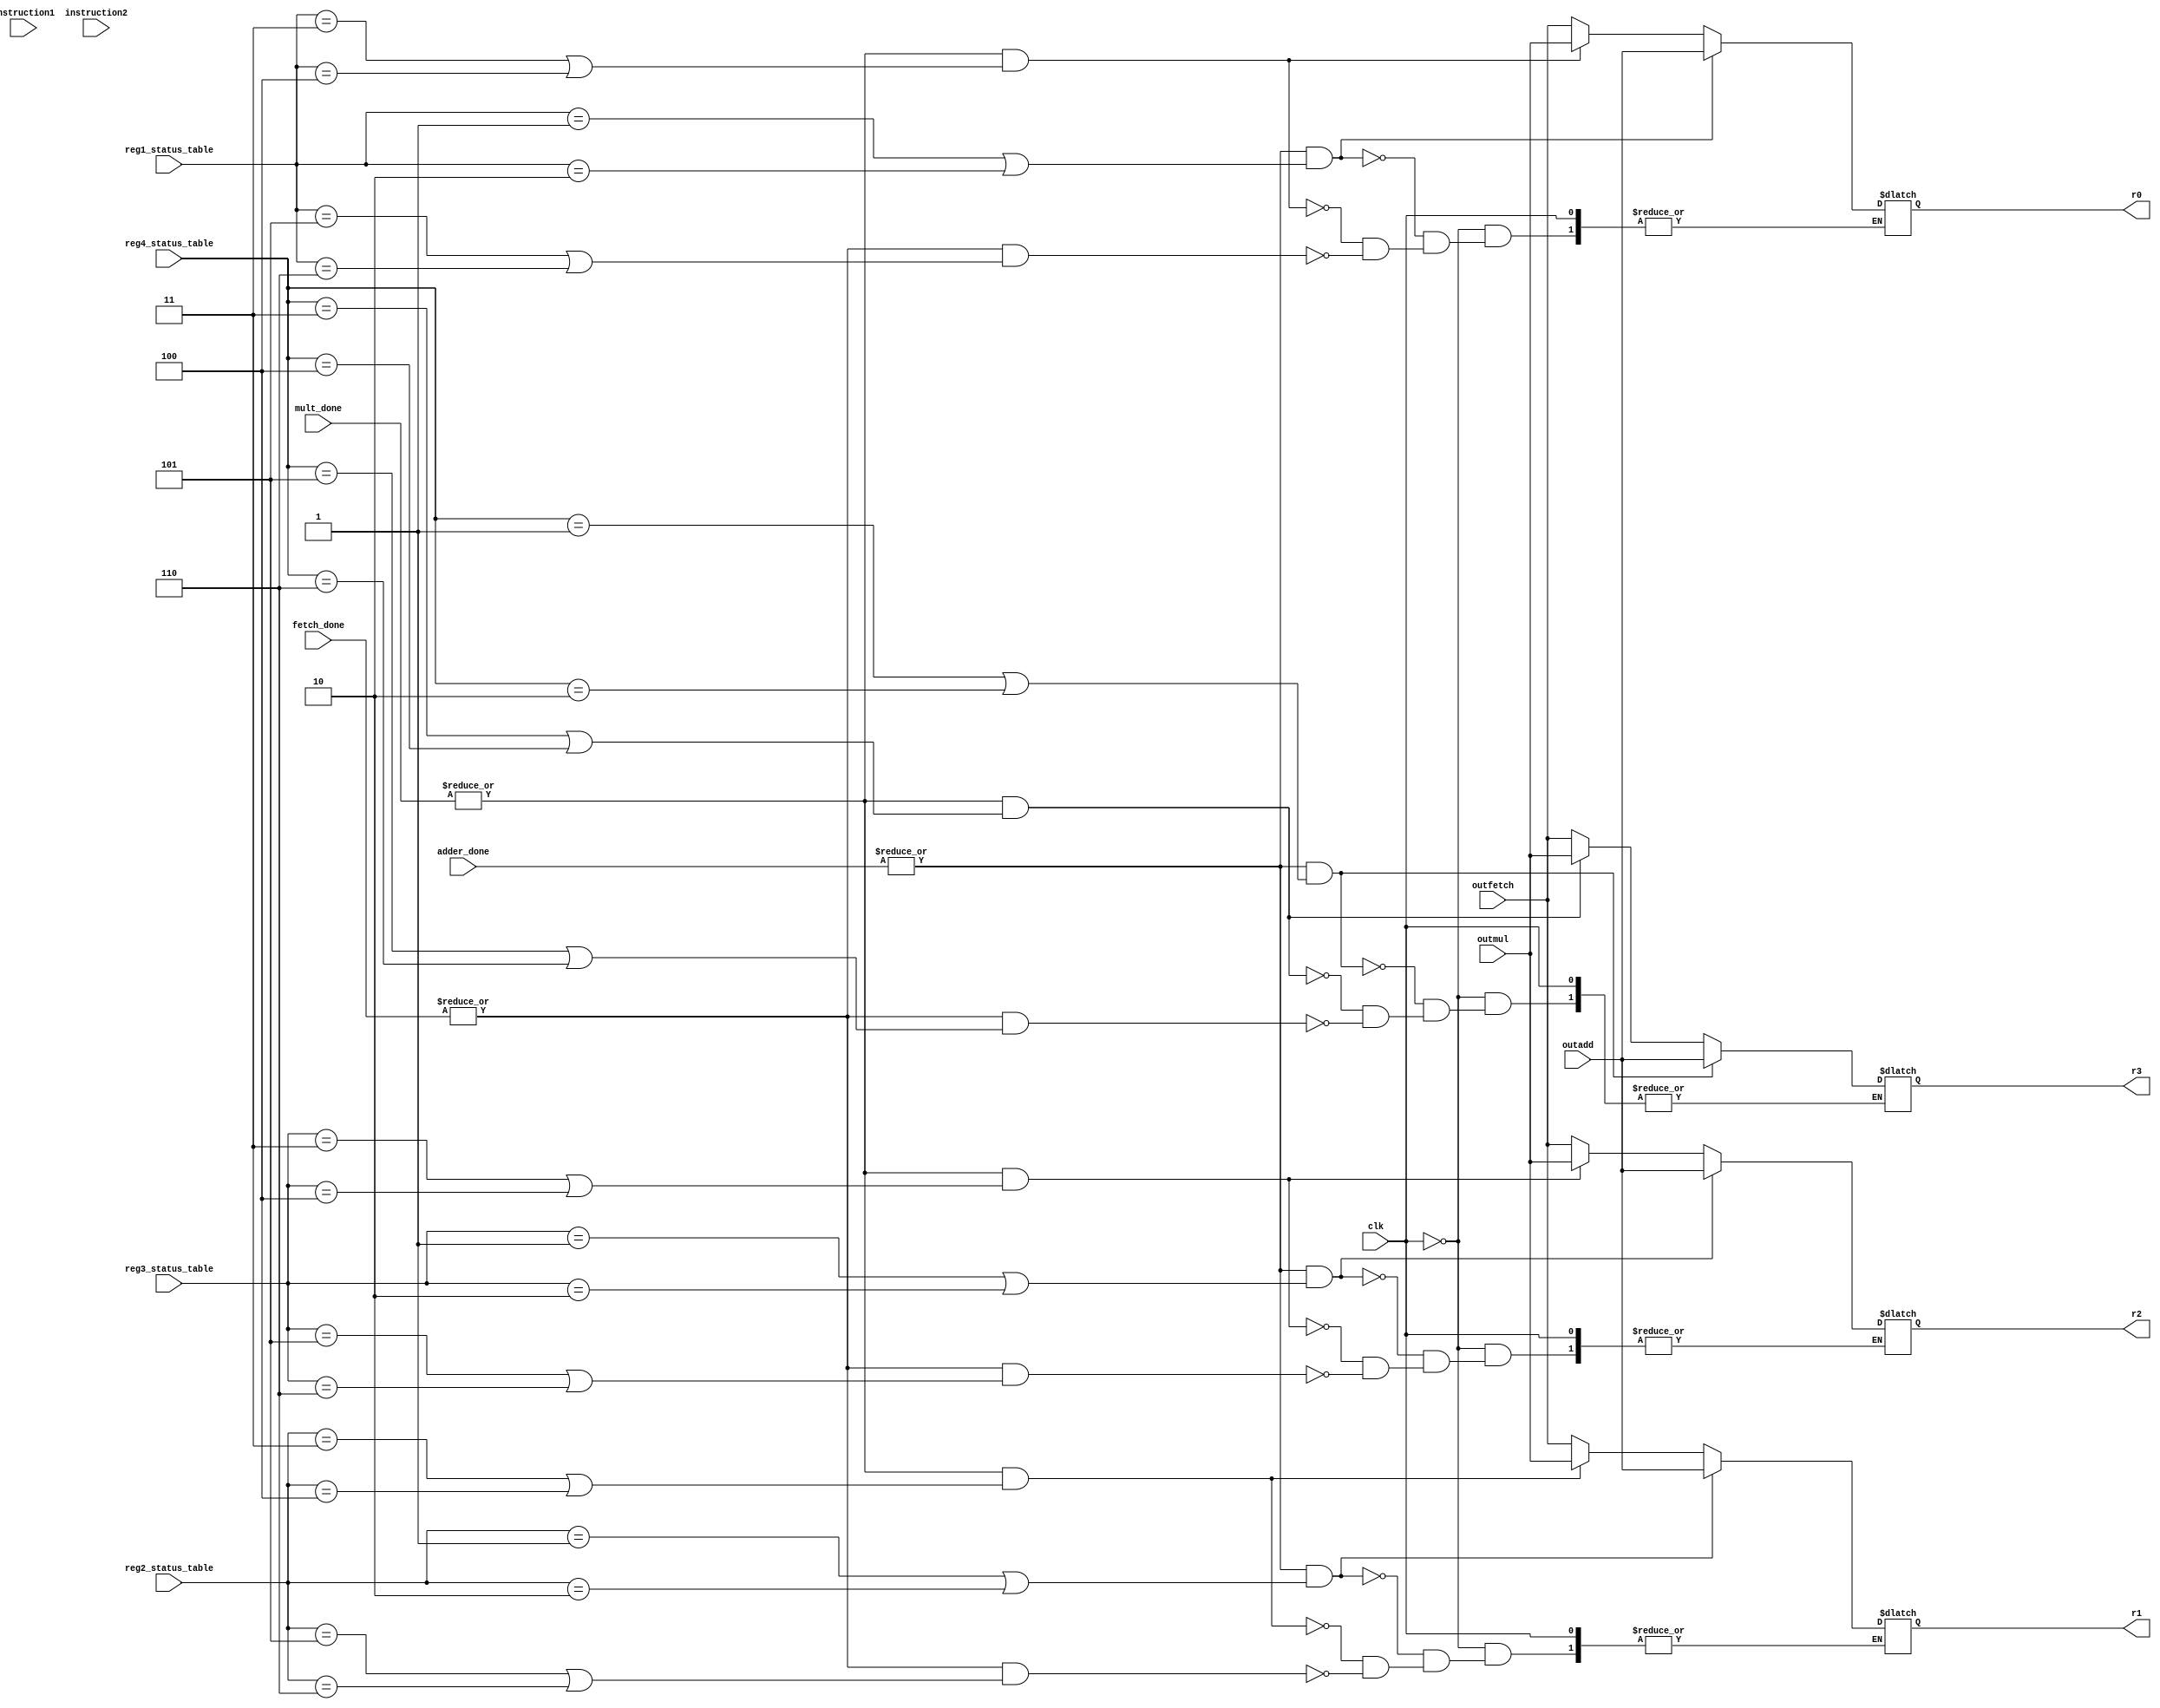
module register_file
(
    input             clk,
    input [1:0]       adder_done,
    input [1:0]       mult_done,
    input [1:0]       fetch_done,
    input [11:0]      instruction1,
    input [11:0]      instruction2,
    input [3:0]       reg1_status_table,
    input [3:0]       reg2_status_table,
    input [3:0]       reg3_status_table,
    input [3:0]       reg4_status_table,
    input [7:0]       outadd,
    input [7:0]       outmul,
    input [7:0]       outfetch,
    output reg [7:0]  r0,
    output reg [7:0]  r1,
    output reg [7:0]  r2,
    output reg [7:0]  r3
);

// Define reservation station IDs
localparam ADD_0   = 4'b0001; localparam ADD_1   = 4'b0010;
localparam MULT_0  = 4'b0011; localparam MULT_1  = 4'b0100;
localparam FETCH_0 = 4'b0101; localparam FETCH_1 = 4'b0110;
localparam STORE_0 = 4'b0111; localparam STORE_1 = 4'b1000;

// Write into the appropriate register based on done signal
always @(*)
if(!clk)
begin
   r0 = (|adder_done && ((reg1_status_table == ADD_0) || (reg1_status_table == ADD_1))) ? outadd : (|mult_done && ((reg1_status_table == MULT_0) || (reg1_status_table == MULT_1))) ? outmul : (|fetch_done && ((reg1_status_table == FETCH_0) || (reg1_status_table == FETCH_1))) ? outfetch : r0; 
   r1 = (|adder_done && ((reg2_status_table == ADD_0) || (reg2_status_table == ADD_1))) ? outadd : (|mult_done && ((reg2_status_table == MULT_0) || (reg2_status_table == MULT_1))) ? outmul : (|fetch_done && ((reg2_status_table == FETCH_0) || (reg2_status_table == FETCH_1))) ? outfetch : r1; 
   r2 = (|adder_done && ((reg3_status_table == ADD_0) || (reg3_status_table == ADD_1))) ? outadd : (|mult_done && ((reg3_status_table == MULT_0) || (reg3_status_table == MULT_1))) ? outmul : (|fetch_done && ((reg3_status_table == FETCH_0) || (reg3_status_table == FETCH_1))) ? outfetch : r2; 
   r3 = (|adder_done && ((reg4_status_table == ADD_0) || (reg4_status_table == ADD_1))) ? outadd : (|mult_done && ((reg4_status_table == MULT_0) || (reg4_status_table == MULT_1))) ? outmul : (|fetch_done && ((reg4_status_table == FETCH_0) || (reg4_status_table == FETCH_1))) ? outfetch : r3; 
end

endmodule